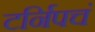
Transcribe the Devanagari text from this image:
टर्निपचं